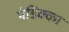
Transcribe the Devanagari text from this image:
पंडिक्का